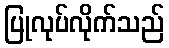
ပြုလုပ်လိုက်သည်